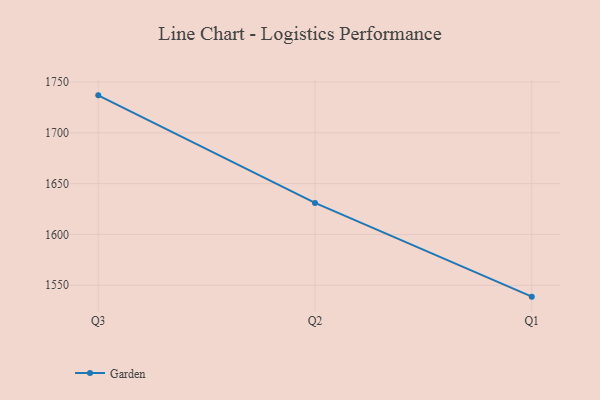
{"axis": {"x": "Quarter", "y": "Conversion Rate (%)"}, "legend": ["Garden"], "data": [{"x": "Q3", "y": 1736.9, "type": "Garden"}, {"x": "Q2", "y": 1631.0, "type": "Garden"}, {"x": "Q1", "y": 1538.8, "type": "Garden"}]}